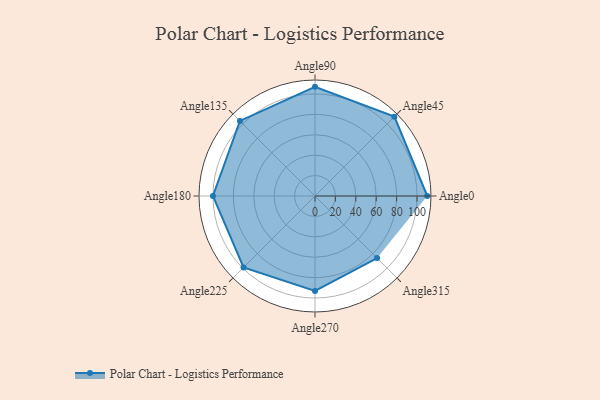
{"axis": {"x": "Angle", "y": "Radius"}, "legend": [""], "data": [{"x": "Angle0", "y": 110.0, "type": ""}, {"x": "Angle45", "y": 110.0, "type": ""}, {"x": "Angle90", "y": 107.0, "type": ""}, {"x": "Angle135", "y": 104.0, "type": ""}, {"x": "Angle180", "y": 100.0, "type": ""}, {"x": "Angle225", "y": 99.0, "type": ""}, {"x": "Angle270", "y": 93.0, "type": ""}, {"x": "Angle315", "y": 86.0, "type": ""}]}